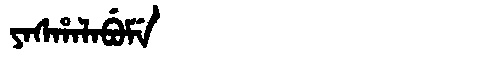
Manchu: ᠶᠠᠰᡥᠠᠯᠠᠪᡠᠮᡝ
Romanization: YASHALABUME